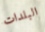
البلدات